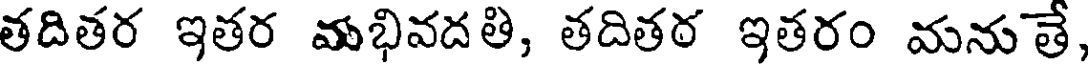
తదితర ఇతర మభివదతి, తదితర ఇతరం మనుతే,